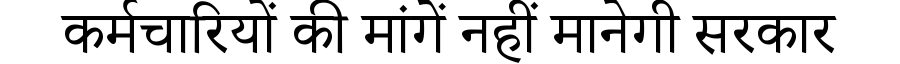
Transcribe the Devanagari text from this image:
कर्मचारियों की मांगें नहीं मानेगी सरकार